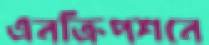
এনক্রিপশনে